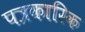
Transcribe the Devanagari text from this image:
पत्रकारिक